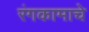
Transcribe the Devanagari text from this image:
रंगकामाचे